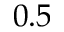
0 . 5